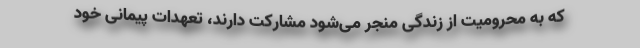
که به محرومیت از زندگی منجر می‌شود مشارکت دارند، تعهدات پیمانی خود